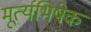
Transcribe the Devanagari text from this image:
मूर्त्यभिषेक